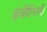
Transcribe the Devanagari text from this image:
इंजीनिररी